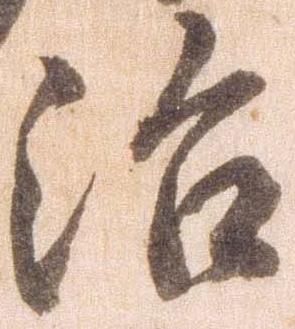
治